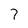
Character: 7